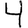
Digit: 4